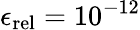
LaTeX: \epsilon_{\mathrm{rel}}=10^{-12}